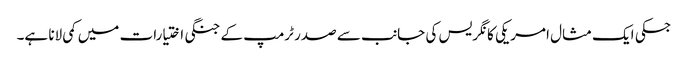
جسکی ایک مثال امریکی کانگریس کی جانب سے صدر ٹرمپ کے جنگی اختیارات میں کمی لانا ہے۔